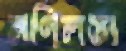
মণিলতা